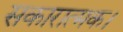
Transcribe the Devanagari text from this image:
सकारात्मक।